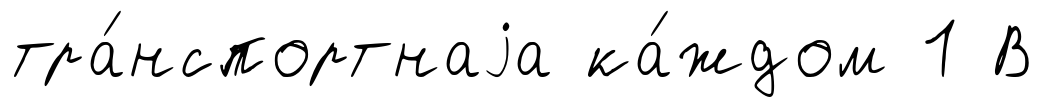
тра́нспортнаjа ка́ждом 1 В